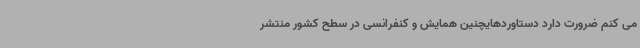
می کنم ضرورت دارد دستاوردهایچنین همایش و کنفرانسی در سطح کشور منتشر